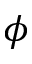
{ \phi }